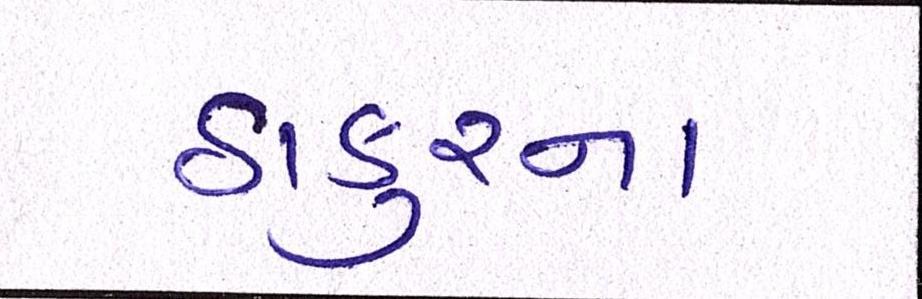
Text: ઠાકુરના